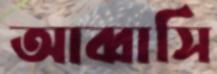
আব্বাসি